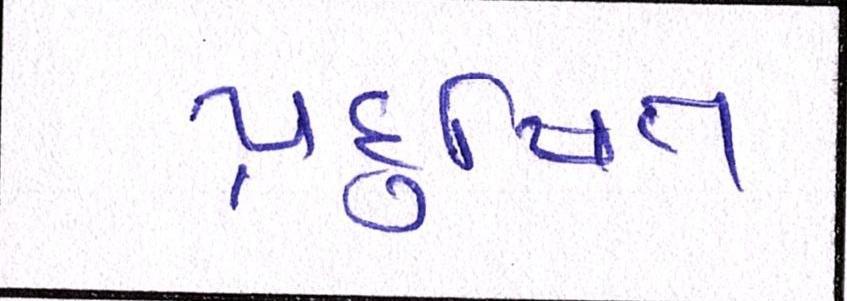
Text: પ્રદુષિત